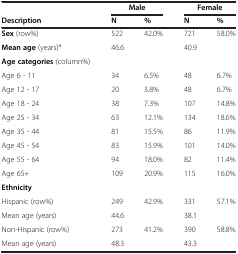
<table><thead><tr><td><b> </b></td><td><b>Male</b></td><td><b> </b></td><td><b>Female</b></td><td><b> </b></td></tr><tr><td><b>Description</b></td><td><b>N</b></td><td><b>%</b></td><td><b>N</b></td><td><b>%</b></td></tr></thead><tbody><tr><td><b>Sex</b> (row%)</td><td>522</td><td>42.0%</td><td>721</td><td>58.0%</td></tr><tr><td><b>Mean age</b> (years)*</td><td colspan="2">46.6</td><td colspan="2">40.9</td></tr><tr><td><b>Age categories</b> (column%)</td><td> </td><td> </td><td> </td><td> </td></tr><tr><td>Age 6 - 11</td><td>34</td><td>6.5%</td><td>48</td><td>6.7%</td></tr><tr><td>Age 12 - 17</td><td>20</td><td>3.8%</td><td>48</td><td>6.7%</td></tr><tr><td>Age 18 - 24</td><td>38</td><td>7.3%</td><td>107</td><td>14.8%</td></tr><tr><td>Age 25 - 34</td><td>63</td><td>12.1%</td><td>134</td><td>18.6%</td></tr><tr><td>Age 35 - 44</td><td>81</td><td>15.5%</td><td>86</td><td>11.9%</td></tr><tr><td>Age 45 - 54</td><td>83</td><td>15.9%</td><td>101</td><td>14.0%</td></tr><tr><td>Age 55 - 64</td><td>94</td><td>18.0%</td><td>82</td><td>11.4%</td></tr><tr><td>Age 65+</td><td>109</td><td>20.9%</td><td>115</td><td>16.0%</td></tr><tr><td><b>Ethnicity</b></td><td> </td><td> </td><td> </td><td> </td></tr><tr><td>Hispanic (row%)</td><td>249</td><td>42.9%</td><td>331</td><td>57.1%</td></tr><tr><td>Mean age (years)</td><td colspan="2">44.6</td><td colspan="2">38.1</td></tr><tr><td>Non-Hispanic (row%)</td><td>273</td><td>41.2%</td><td>390</td><td>58.8%</td></tr><tr><td>Mean age (years)</td><td colspan="2">48.3</td><td colspan="2">43.3</td></tr></tbody></table>